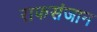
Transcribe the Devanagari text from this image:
राफसंजान